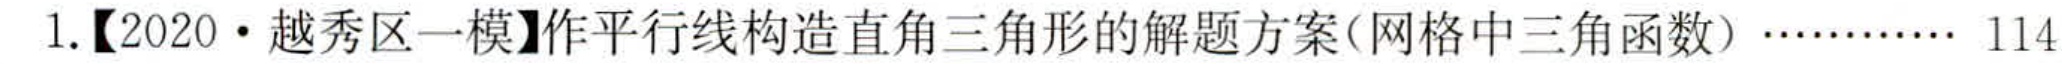
1.【2020·越秀区一模】作平行线构造直角三角形的解题方案(网格中三角函数)………… 114